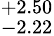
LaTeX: ^{+2.50}_{-2.22}